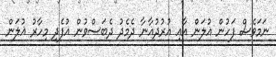
ނަމަވެސް ފަހުން ޣުލަން އާއި އުރުދުޣާނާ ދެމެދު ދެބަސްވުން އުފެދި މިހާރު ޣުލަން